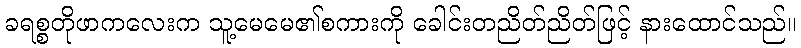
ခရစ္စတိုဖာကလေးက သူ့မေမေ၏စကားကို ခေါင်းတညိတ်ညိတ်ဖြင့် နားထောင်သည်။